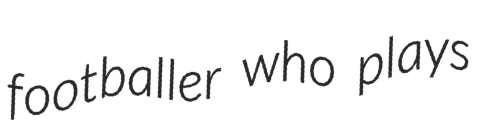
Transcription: footballer who plays